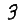
Digit: 3